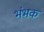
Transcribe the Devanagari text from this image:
भंभक